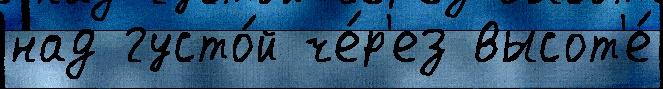
над густо́й че́р'ез высот'е́